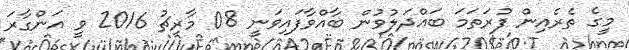
މީގެ ތެރެއިން ފުރަތަމަ ބައްދަލުވުން ބާއްވާފައިވަނީ 08 މާރިޗު 2016 ވީ އަންގާރަ